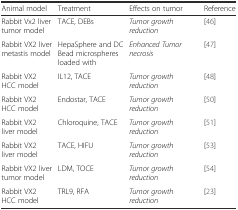
<table><thead><tr><td><b>Animal model</b></td><td><b>Treatment</b></td><td><b>Effects on tumor</b></td><td><b>Reference</b></td></tr></thead><tbody><tr><td>Rabbit Vx2 liver tumor model</td><td>TACE, DEBs</td><td><i>Tumor growth reduction</i></td><td>[46]</td></tr><tr><td>Rabbit VX2 liver metastis model</td><td>HepaSphere and DC Bead microspheres loaded with</td><td><i>Enhanced Tumor necrosis</i></td><td>[47]</td></tr><tr><td>Rabbit VX2 HCC model</td><td>IL12, TACE</td><td><i>Tumor growth reduction</i></td><td>[48]</td></tr><tr><td>Rabbit VX2 HCC model</td><td>Endostar, TACE</td><td><i>Tumor growth reduction</i></td><td>[50]</td></tr><tr><td>Rabbit VX2 liver model</td><td>Chloroquine, TACE</td><td><i>Tumor growth reduction</i></td><td>[51]</td></tr><tr><td>Rabbit VX2 liver model</td><td>TACE, HIFU</td><td><i>Tumor growth reduction</i></td><td>[53]</td></tr><tr><td>Rabbit VX2 liver tumor model</td><td>LDM, TOCE</td><td><i>Tumor growth reduction</i></td><td>[54]</td></tr><tr><td>Rabbit VX2 HCC model</td><td>TRL9, RFA</td><td><i>Tumor growth reduction</i></td><td>[23]</td></tr></tbody></table>